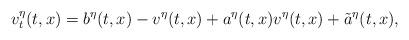
LaTeX: \begin{align*}v^{\eta}_{t}(t,x)=b^{\eta}(t,x)-v^{\eta}(t,x)+a^{\eta}(t,x)v^{\eta}(t,x)+\tilde{a}^{\eta}(t,x),\end{align*}